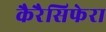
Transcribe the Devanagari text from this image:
कैरैसिफेरा